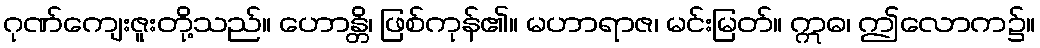
ဂုဏ်ကျေးဇူးတို့သည်။ ဟောန္တိ၊ ဖြစ်ကုန်၏။ မဟာရာဇ၊ မင်းမြတ်။ ဣဓ၊ ဤလောက၌။